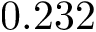
0 . 2 3 2